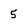
Character: 5